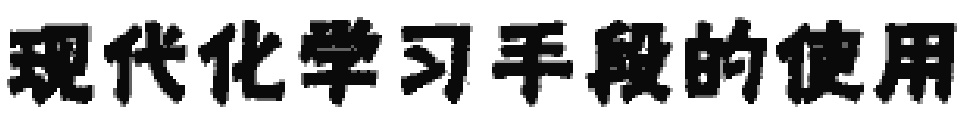
现代化学习手段的使用